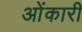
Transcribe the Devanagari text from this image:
ओंकारी